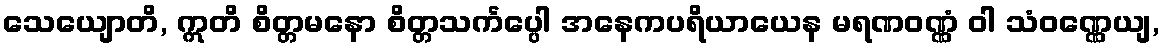
သေယျောတိ, ဣတိ စိတ္တမနော စိတ္တသင်္ကပ္ပေါ အနေကပရိယာယေန မရဏဝဏ္ဏံ ဝါ သံဝဏ္ဏေယျ,